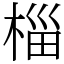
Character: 椔